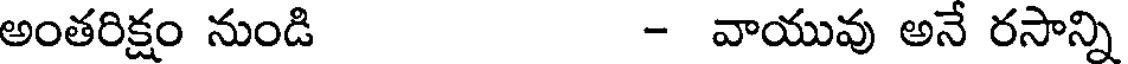
అంతరిక్షం నుండి - వాయువు అనే రసాన్ని